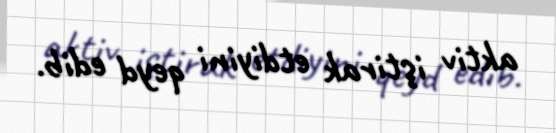
aktiv iştirak etdiyini qeyd edib.